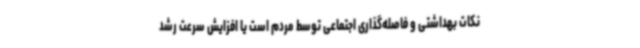
نکات بهداشتی و فاصله‌گذاری اجتماعی توسط مردم است یا افزایش سرعت رشد